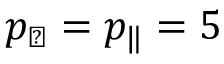
p _ { \perp } = p _ { \| } = 5